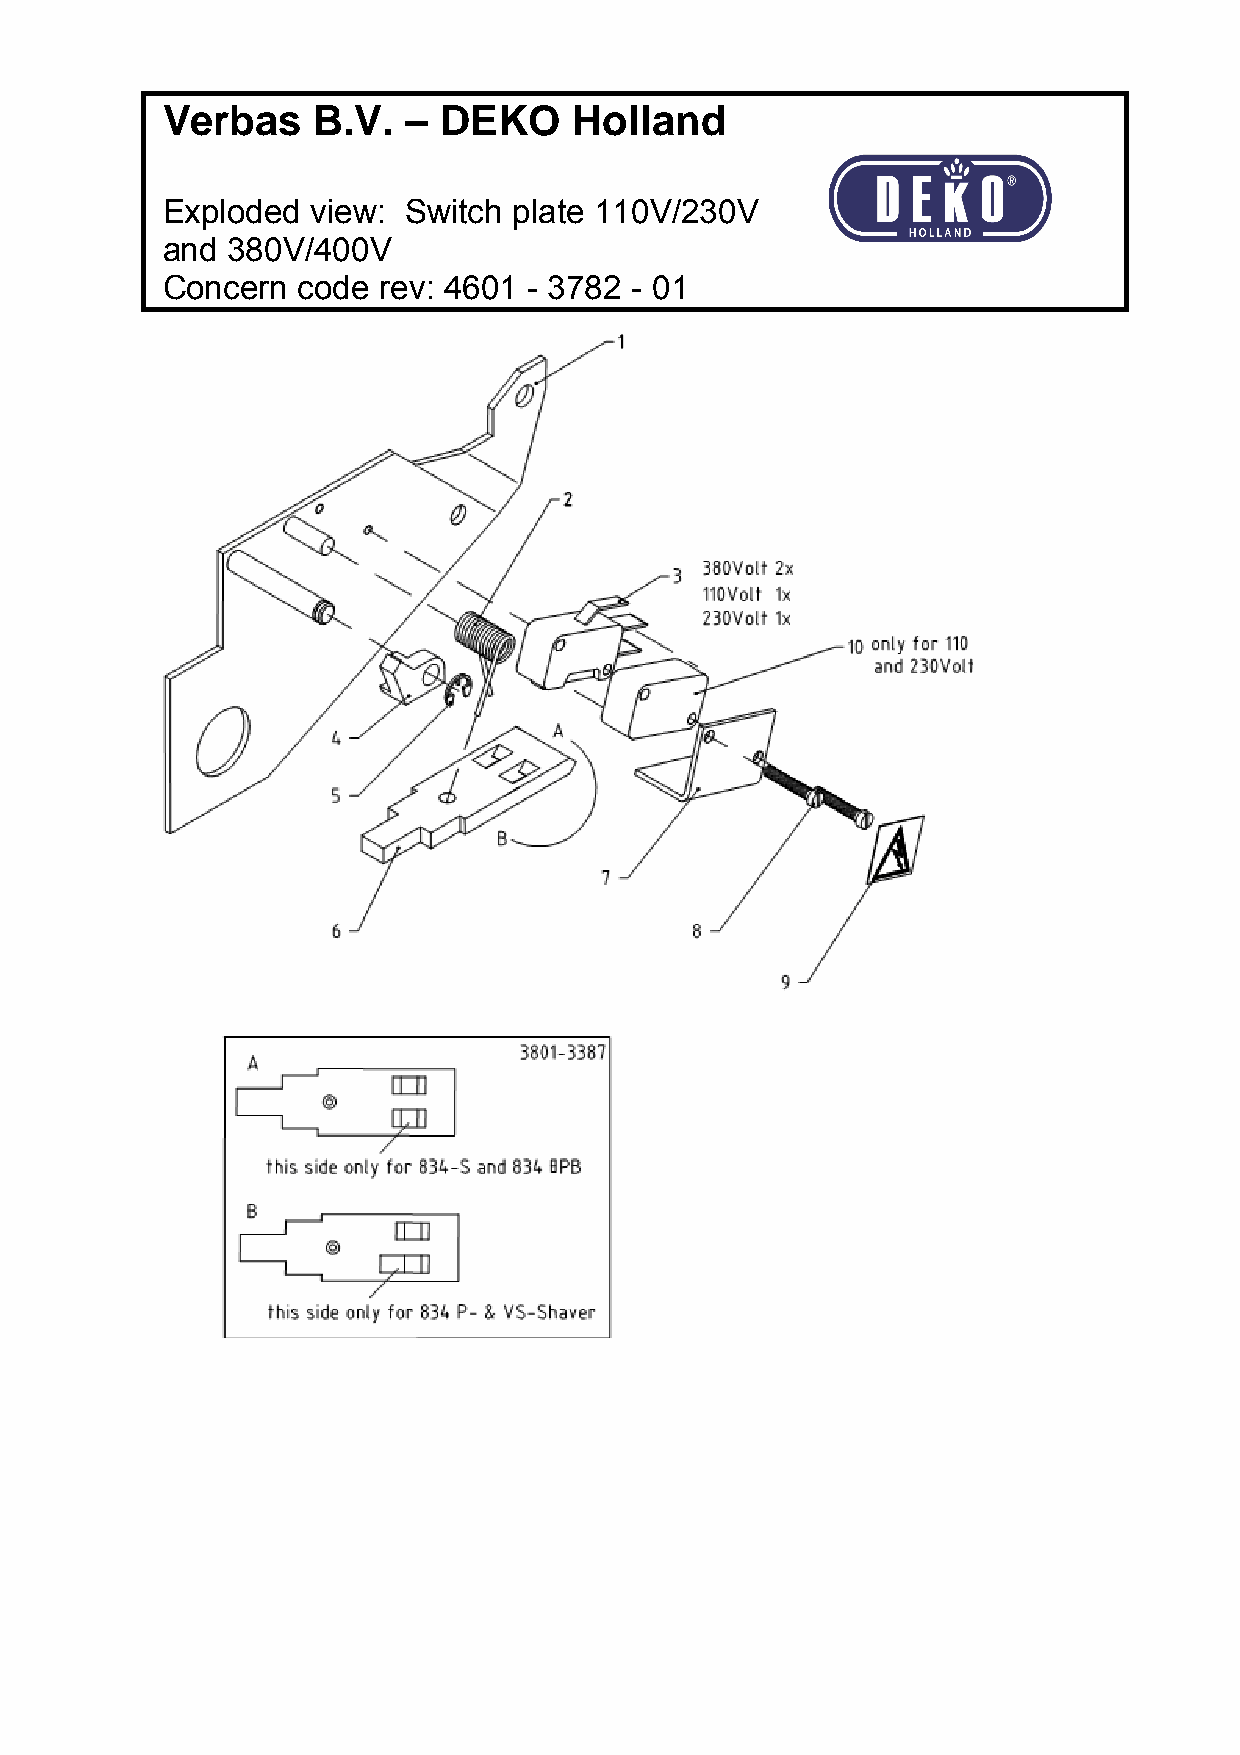
Verbas    B.V.  – DEKO     Holland
 Exploded  view: Switch plate 110V/230V
 and 380V/400V
 Concern  code rev: 4601 - 3782 - 01